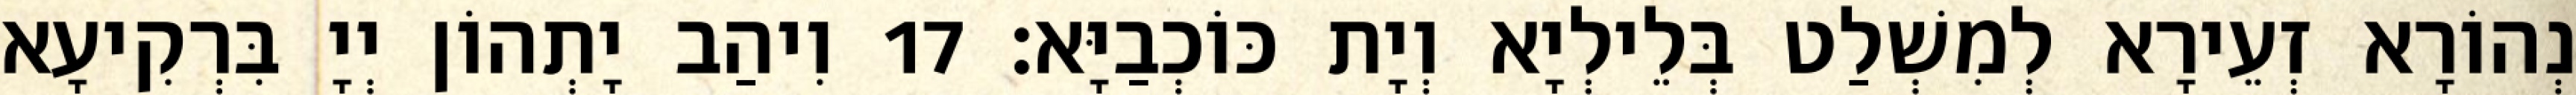
נְהוֹרָא זְעֵירָא לְמִשְׁלַט בְּלֵילְיָא וְיָת כּוֹכְבַיָּא׃ 17 וִיהַב יָתְהוֹן יְיָ בִּרְקִיעָא